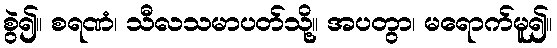
စွဲ၍။ စရဏံ၊ သီလသမာပတ်သို့။ အပတွာ၊ မရောက်မူ၍။